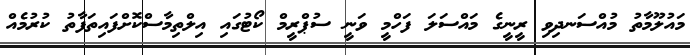
މައުލޫމާތު މުއްސަނދިވި ރީނީގެ މައްސަލަ ފަހްމީ ވަނީ ސުޕްރީމް ކޯޓުގައި އިލްތިމާސްކޮށްފައިތަފާތު ކުރުމެއް